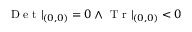
\mathrm { ~ D ~ e ~ t ~ } | _ { ( 0 , 0 ) } = 0 \land \mathrm { ~ T ~ r ~ } | _ { ( 0 , 0 ) } < 0